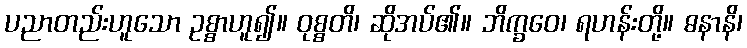
ပညာတည်းဟူသော ဥစ္စာဟူ၍။ ဝုစ္စတိ၊ ဆိုအပ်၏။ ဘိက္ခဝေ၊ ရဟန်းတို့။ ဓနာနိ၊